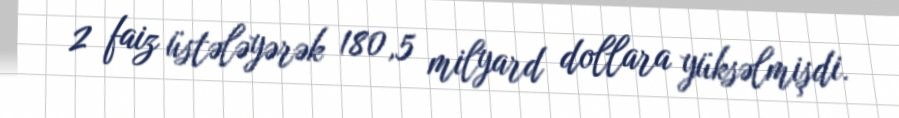
2 faiz üstələyərək 180,5 milyard dollara yüksəlmişdi.